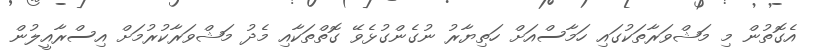
އެގޮތުން މި މަޝްވަރާތަކުގައި ހަމާސްއަށް ހަތިޔާރު ނުގެންގުޅެވޭ ގޮތްތަކާއި މެދު މަޝްވަރާކުރުމަށް އިސްރާއީލުން